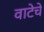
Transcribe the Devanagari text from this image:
वाटेचे